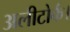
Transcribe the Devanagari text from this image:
अलीटोर्क।